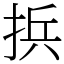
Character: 捠